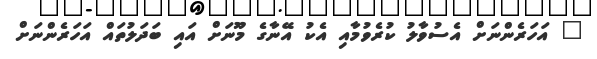
" އަހަރެންނަށް އެސުވާލު ކުރެވުމާއި އެކު އޭނާގެ މޫނަށް އައި ބަދަލުތައް އަހަރެންނަށް